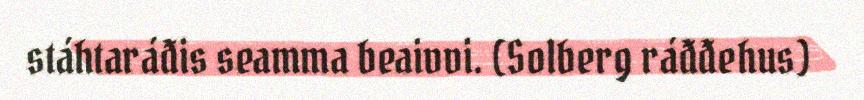
stáhtaráđis seamma beaivvi. (Solberg ráđđehus)